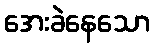
အေးခဲနေသော